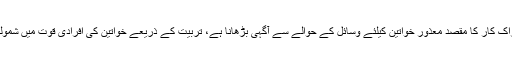
امریکی سفیر ڈیوڈ ہیل نے خطاب کے دوران کہا کہ ہمارا اسٹیپ کے ساتھ اشتراک ِکار کا مقصد معذور خواتین کیلئے وسائل کے حوالے سے آگہی بڑھانا ہے، تربیت کے ذریعے خواتین کی افرادی قوت میں شمولیت اور عوام میں جسمانی معذور افراد کےحقوق بارے میں شعوربیدارکرنا ہے۔